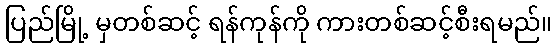
ပြည်မြို့ မှတစ်ဆင့် ရန်ကုန်ကို ကားတစ်ဆင့်စီးရမည်။